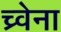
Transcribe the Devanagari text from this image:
च्र्वेना